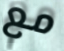
مع